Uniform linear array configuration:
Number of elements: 64
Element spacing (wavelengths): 0.75
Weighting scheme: blackman
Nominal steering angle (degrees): -15
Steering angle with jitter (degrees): -13.334
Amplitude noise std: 0.05
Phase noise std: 0.05

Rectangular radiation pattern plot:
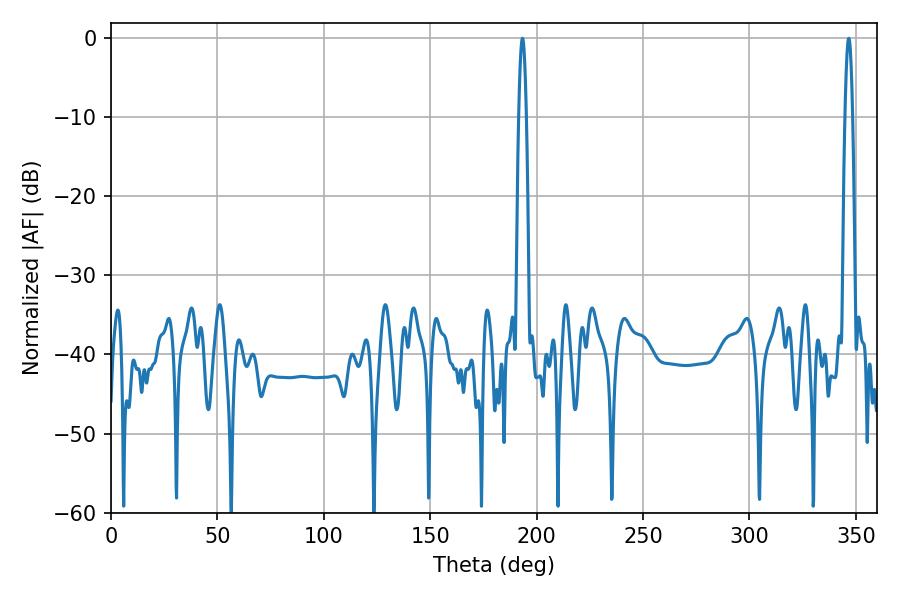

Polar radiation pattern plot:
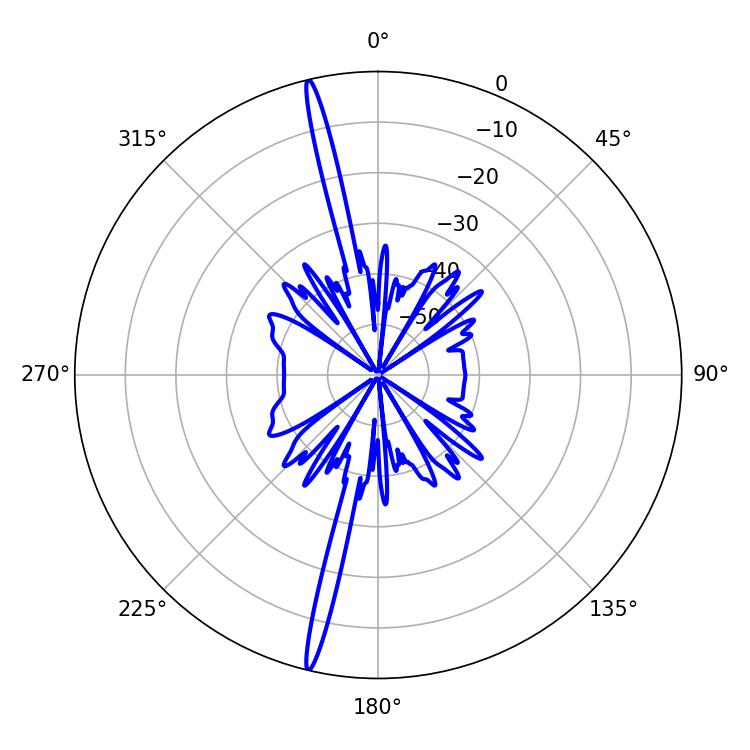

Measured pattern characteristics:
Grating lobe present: TRUE
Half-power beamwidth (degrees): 1.8
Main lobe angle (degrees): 193.32